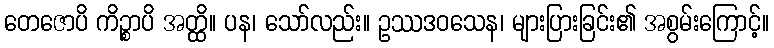
တေဇောပိ ကိဉ္စာပိ အတ္ထိ။ ပန၊ သော်လည်း။ ဥဿဒဝသေန၊ များပြားခြင်း၏ အစွမ်းကြောင့်။